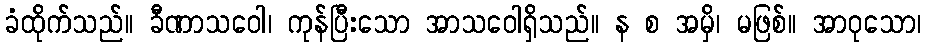
ခံထိုက်သည်။ ခီဏာသဝေါ၊ ကုန်ပြီးသော အာသဝေါရှိသည်။ န စ အမှိ၊ မဖြစ်။ အာဝုသော၊